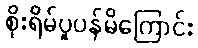
စိုးရိမ်ပူပန်မိကြောင်း